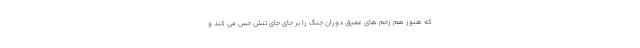
که هنوز هم زخم ‌های عمیق دوران جنگ را بر جای جای تنش حس می ‌کند و